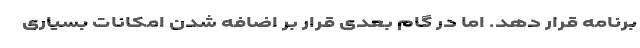
برنامه قرار دهد. اما در گام بعدی قرار بر اضافه شدن امکانات بسیاری